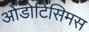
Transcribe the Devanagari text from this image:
ओडोटिसिमस